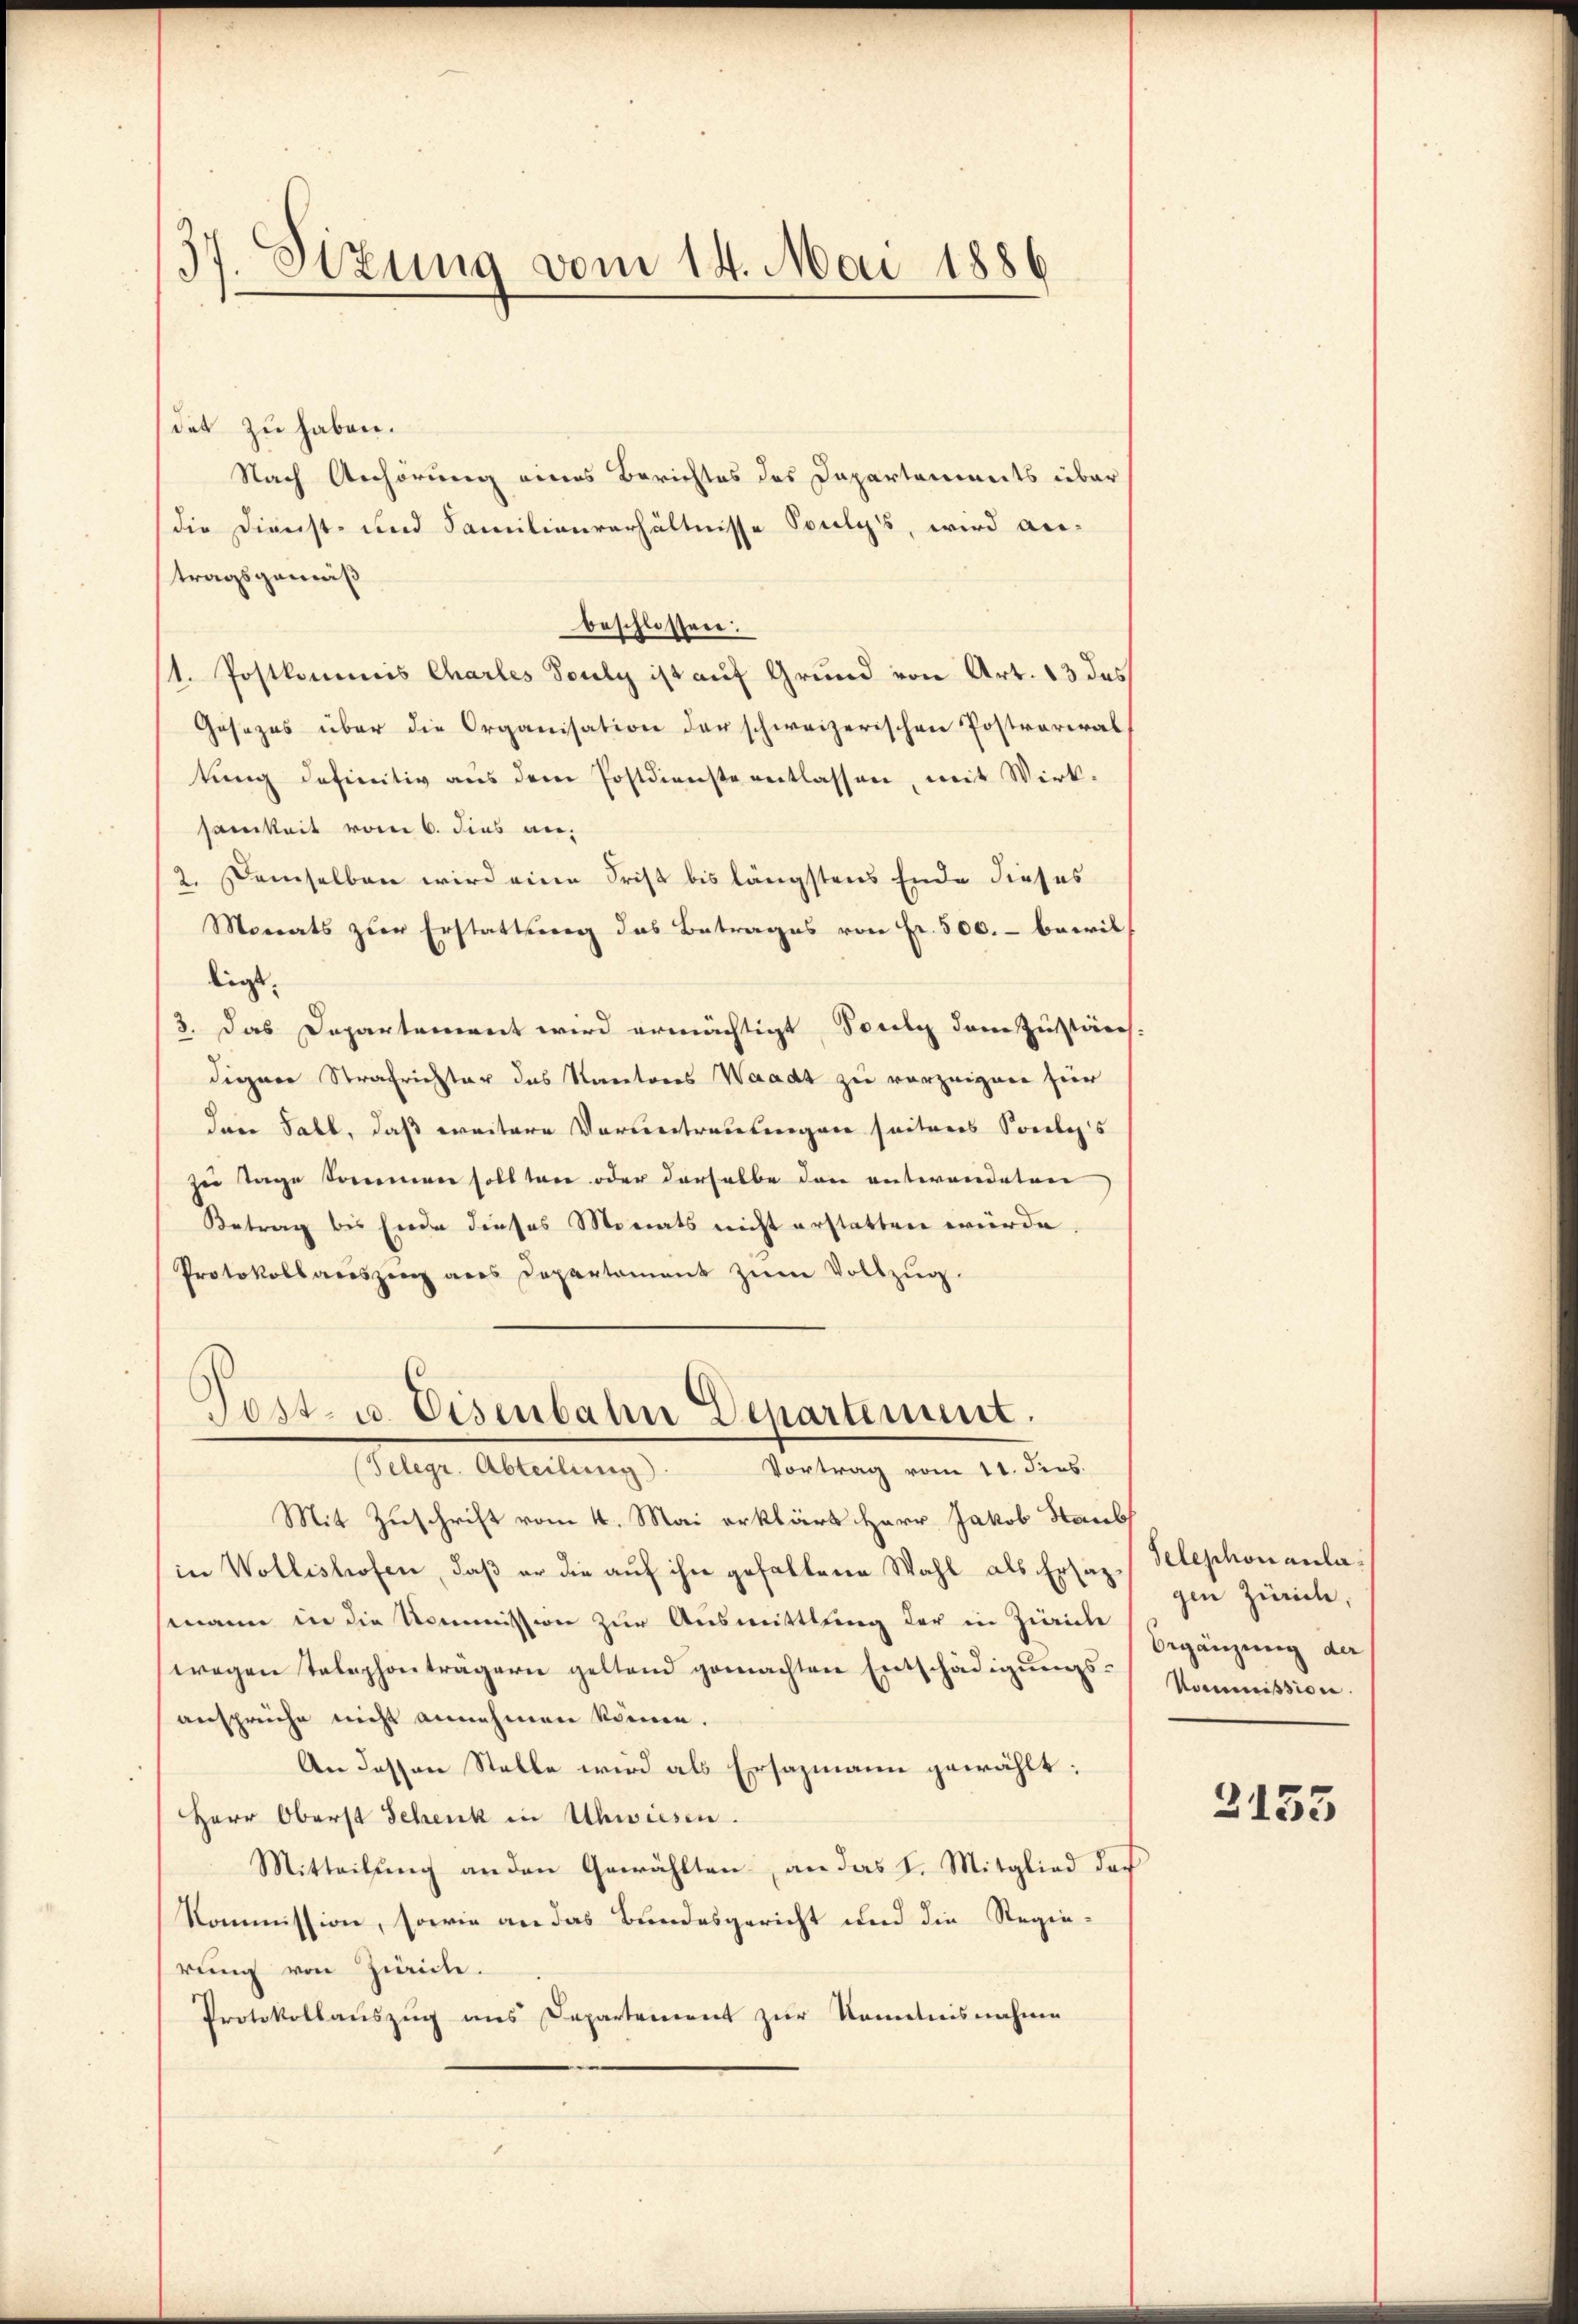
2
st. Sitzung vom 14. Mai 1886
—

det zu haben.
Nach Anhörung eines Berichtes des Dapartements über
die Dienst- und Familienverhältnisse Souly's, wird antragsgemäß
beschlossen:
1. Postkommis Charles Souly ist auf Grund von Art. 13 das
Gesezes über die Organisation der schweizerischen Postrarial
kung definitiv aus dem Postdienste entlassen, mit Wirk-
samkeit vom 6. dies an,
2. Demselben wird eine Frist bis längstens Ende dieses
Monats zur Erstattung das Betrages von Fr. 500.- bewilligt.
3. Das Departement wird ermächtigt, Touly dem Zustän-
digner Strafrichter das Kantores Waadt zu vorzeigen für
Ian Fall, daß weitere Verantraulingen seitens Soulis
zu Tage kommen sollten oder derselbe dann entwendeten
Betrag bis Ende dieses Monats nicht erstatten würde,
Protokollandszeug aus Departament zŭm Vollzug.

Post- u. Eisenbahn Departement.
(Telegr. Abteilung
Vortrag vom 11. Jens.

Mit Zuschrift vom 4. Mai erklärt Herr Jakob Staub
in Wollishofen, daß er die auf ihn gefallene Wahl als Ersatz zur Zivile,
mann in die Kommission zur Ausmittlung der in Zürich
wegen Telephonträgern geltend gemachten Entschädigŭngs-Kommission
ansprüche nicht annehmen können.
An dessen Stelle wird als Ersazmann gewählt:
Herr Oberst Schenk in Uhwiesen.
Mitteilŭng an den Gewählten, an das L. Mitglied des
Kommission, sowie an das Bundesgericht und die Regie-
rung von Zürich.
Protokollauszug ans Departement zur Kenntnisnahme

Telephonanla¬
Begänzung der

2135